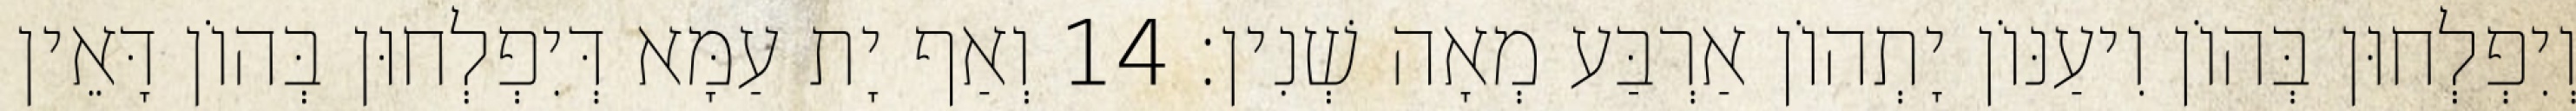
וְיִפְלְחוּן בְּהוֹן וִיעַנּוֹן יָתְהוֹן אַרְבַּע מְאָה שְׁנִין׃ 14 וְאַף יָת עַמָּא דְּיִפְלְחוּן בְּהוֹן דָּאֵין